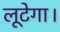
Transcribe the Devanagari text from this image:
लूटेगा।